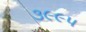
૩૯૯૫